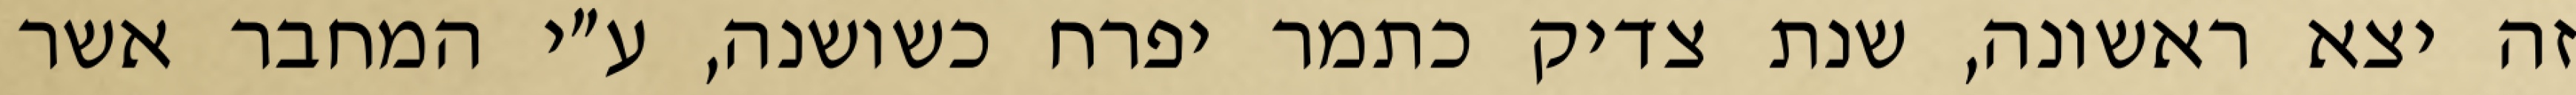
זה יצא ראשונה, שנת צדיק כתמר יפרח כשושנה, ע״י המחבר אשר